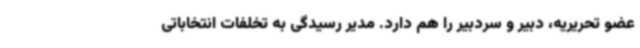
عضو تحریریه، دبیر و سردبیر را هم دارد. مدیر رسیدگی به تخلفات انتخاباتی